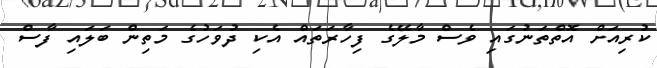
ކުރިއަށް އޮތްތަނުގައި ވެސް މާލޭގެ ފިހާރަތައް އެކި ދުވަހުގެ މަތިން ބަލައި ފާސް